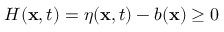
H ( \mathbf { x } , t ) = \eta ( \mathbf { x } , t ) - b ( \mathbf { x } ) \geq 0